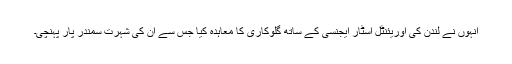
انہوں نے لندن کی اوریئنٹل اسٹار ایجنسی کے ساتھ گلوکاری کا معاہدہ کیا جس سے ان کی شہرت سمندر پار پہنچی۔